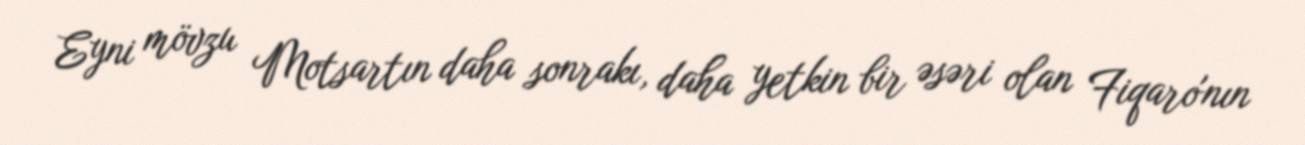
Eyni mövzu Motsartın daha sonrakı, daha yetkin bir əsəri olan Fiqaro'nın